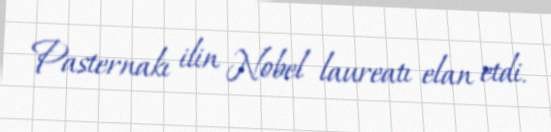
Pasternakı ilin Nobel laureatı elan etdi.